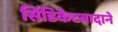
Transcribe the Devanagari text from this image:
सिंडिकेटवादाने